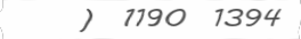
)  1190  1394